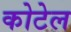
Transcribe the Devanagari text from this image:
कोटेल